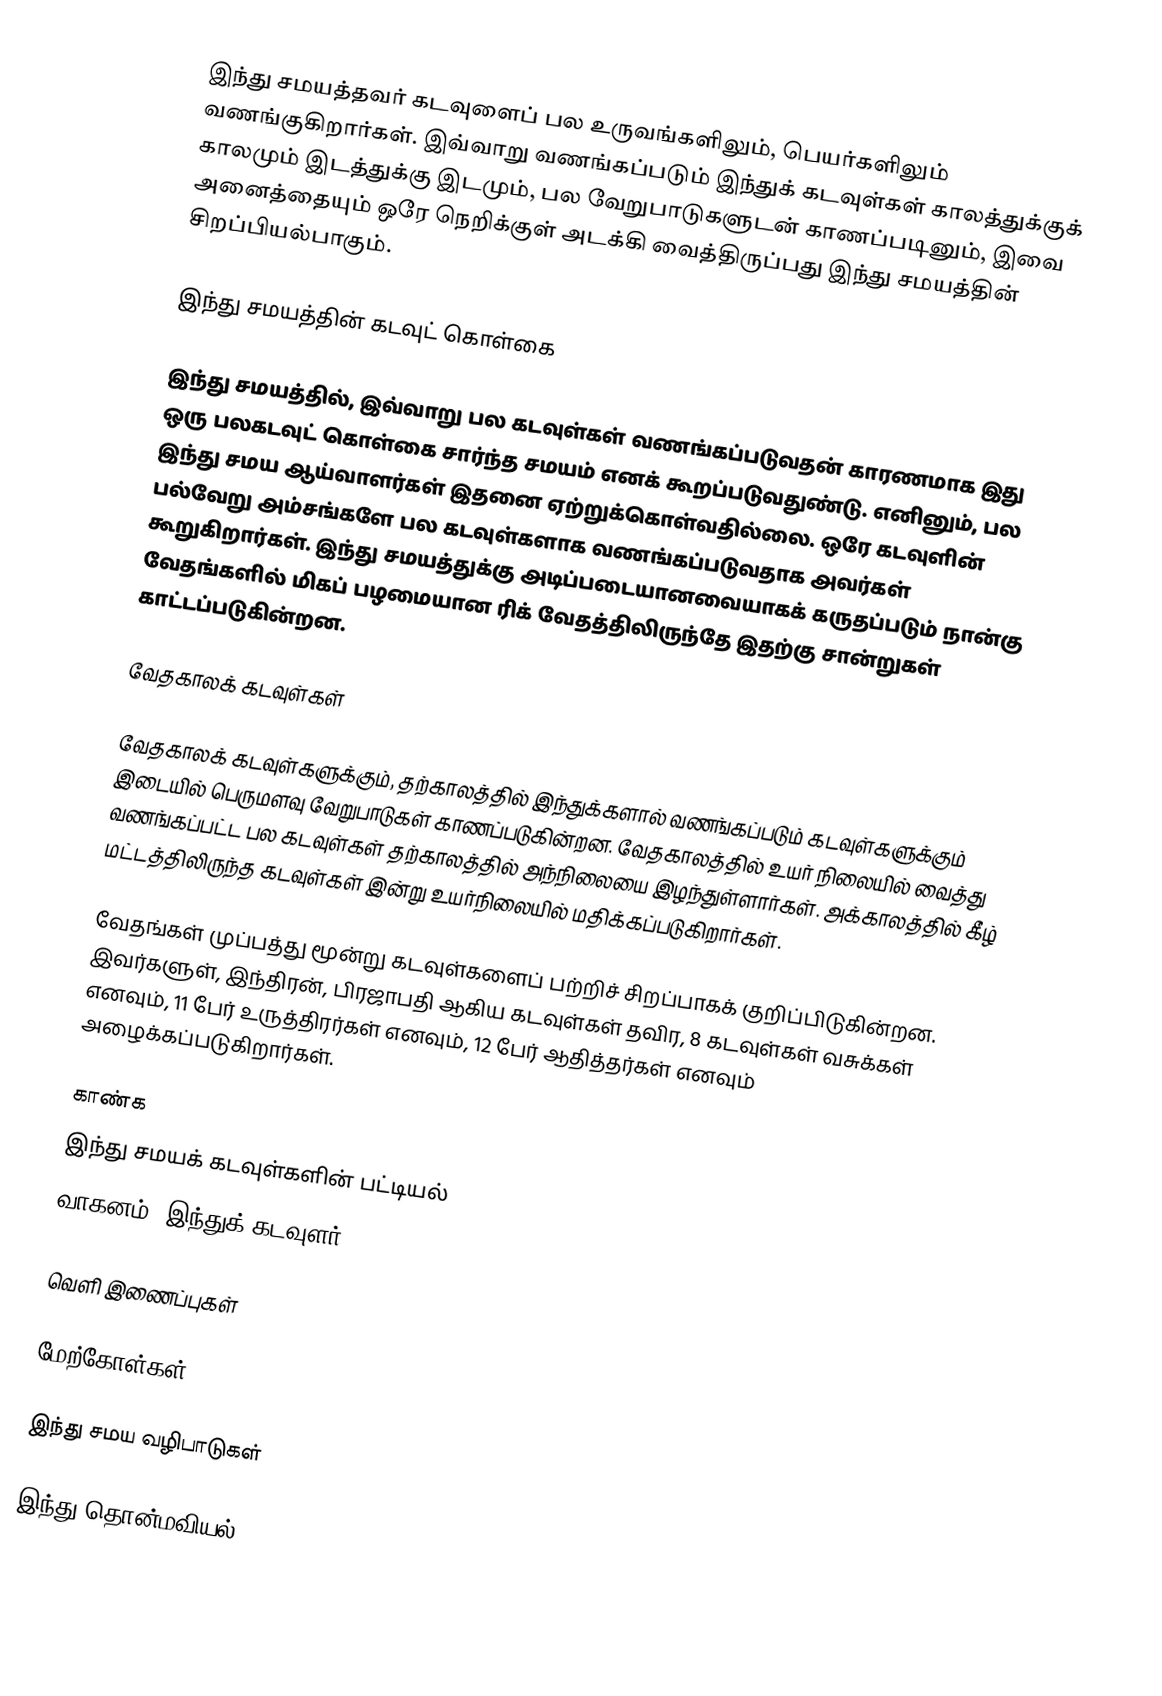
இந்து சமயத்தவர் கடவுளைப் பல உருவங்களிலும், பெயர்களிலும் வணங்குகிறார்கள். இவ்வாறு வணங்கப்படும் இந்துக் கடவுள்கள் காலத்துக்குக் காலமும் இடத்துக்கு இடமும், பல வேறுபாடுகளுடன் காணப்படினும், இவை அனைத்தையும் ஒரே நெறிக்குள் அடக்கி வைத்திருப்பது இந்து சமயத்தின் சிறப்பியல்பாகும்.

இந்து சமயத்தின் கடவுட் கொள்கை

இந்து சமயத்தில், இவ்வாறு பல கடவுள்கள் வணங்கப்படுவதன் காரணமாக இது ஒரு பலகடவுட் கொள்கை சார்ந்த சமயம் எனக் கூறப்படுவதுண்டு. எனினும், பல இந்து சமய ஆய்வாளர்கள் இதனை ஏற்றுக்கொள்வதில்லை. ஒரே கடவுளின் பல்வேறு அம்சங்களே பல கடவுள்களாக வணங்கப்படுவதாக அவர்கள் கூறுகிறார்கள். இந்து சமயத்துக்கு அடிப்படையானவையாகக் கருதப்படும் நான்கு வேதங்களில் மிகப் பழமையான ரிக் வேதத்திலிருந்தே இதற்கு சான்றுகள் காட்டப்படுகின்றன.

வேதகாலக் கடவுள்கள்

வேதகாலக் கடவுள்களுக்கும், தற்காலத்தில் இந்துக்களால் வணங்கப்படும் கடவுள்களுக்கும் இடையில் பெருமளவு வேறுபாடுகள் காணப்படுகின்றன. வேதகாலத்தில் உயர் நிலையில் வைத்து வணங்கப்பட்ட பல கடவுள்கள் தற்காலத்தில் அந்நிலையை இழந்துள்ளார்கள். அக்காலத்தில் கீழ் மட்டத்திலிருந்த கடவுள்கள் இன்று உயர்நிலையில் மதிக்கப்படுகிறார்கள்.

வேதங்கள் முப்பத்து மூன்று கடவுள்களைப் பற்றிச் சிறப்பாகக் குறிப்பிடுகின்றன. இவர்களுள், இந்திரன், பிரஜாபதி ஆகிய கடவுள்கள் தவிர, 8 கடவுள்கள் வசுக்கள் எனவும், 11 பேர் உருத்திரர்கள் எனவும், 12 பேர் ஆதித்தர்கள் எனவும் அழைக்கப்படுகிறார்கள்.

காண்க
 இந்து சமயக் கடவுள்களின் பட்டியல்
 வாகனம் (இந்துக் கடவுளர்)

வெளி இணைப்புகள்

மேற்கோள்கள்

இந்து சமய வழிபாடுகள்

இந்து தொன்மவியல்